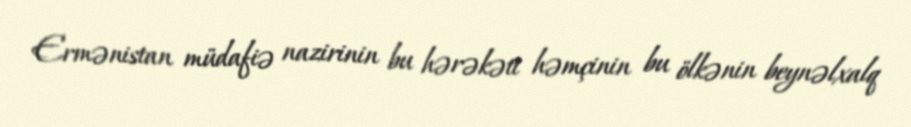
Ermənistan müdafiə nazirinin bu hərəkəti həmçinin bu ölkənin beynəlxalq